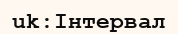
uk:Інтервал